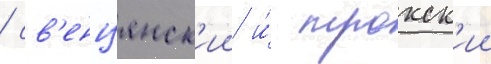
/ св'енцянск'ии и́ трокск'ии